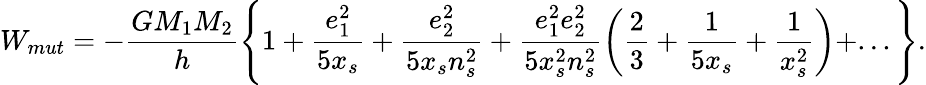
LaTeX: W_{mut}=\displaystyle-\frac{GM_{1}M_{2}}{h}\left\lbrace 1+\frac{e_{1}^{2}}{5x_{s}}+\frac{e_{2}^{2}}{5x_{s}n_{s}^{2}}+\frac{e_{1}^{2}e_{2}^{2}}{5x_{s}^{2}n_{s}^{2}}\left(\frac{2}{3}+\frac{1}{5x_{s}}+\frac{1}{x_{s}^{2}}\right)+...\right\rbrace.